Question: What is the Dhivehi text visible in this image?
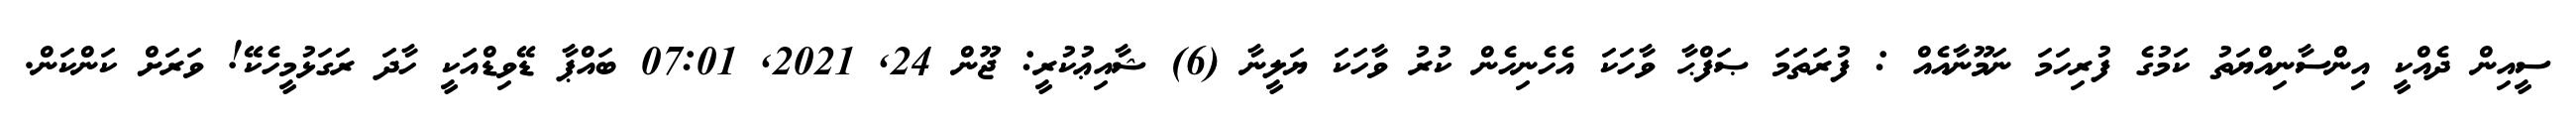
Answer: ސީއިން ދެއްކީ އިންސާނިއްޔަތު ކަމުގެ ފުރިހަމަ ނަމޫނާއެއް : ފުރަތަމަ ޞަފްޙާ ވާހަކަ އެހެނިހެން ކުރު ވާހަކަ ޔަލީނާ (6) ޝާއިޢުކުރީ: ޖޫން 24, 2021, 07:01 ބައްޕާ ޑޭވިޑްއަކީ ހާދަ ރަގަޅުމީހެކޭ! ވަރަށް ކަންކަން.